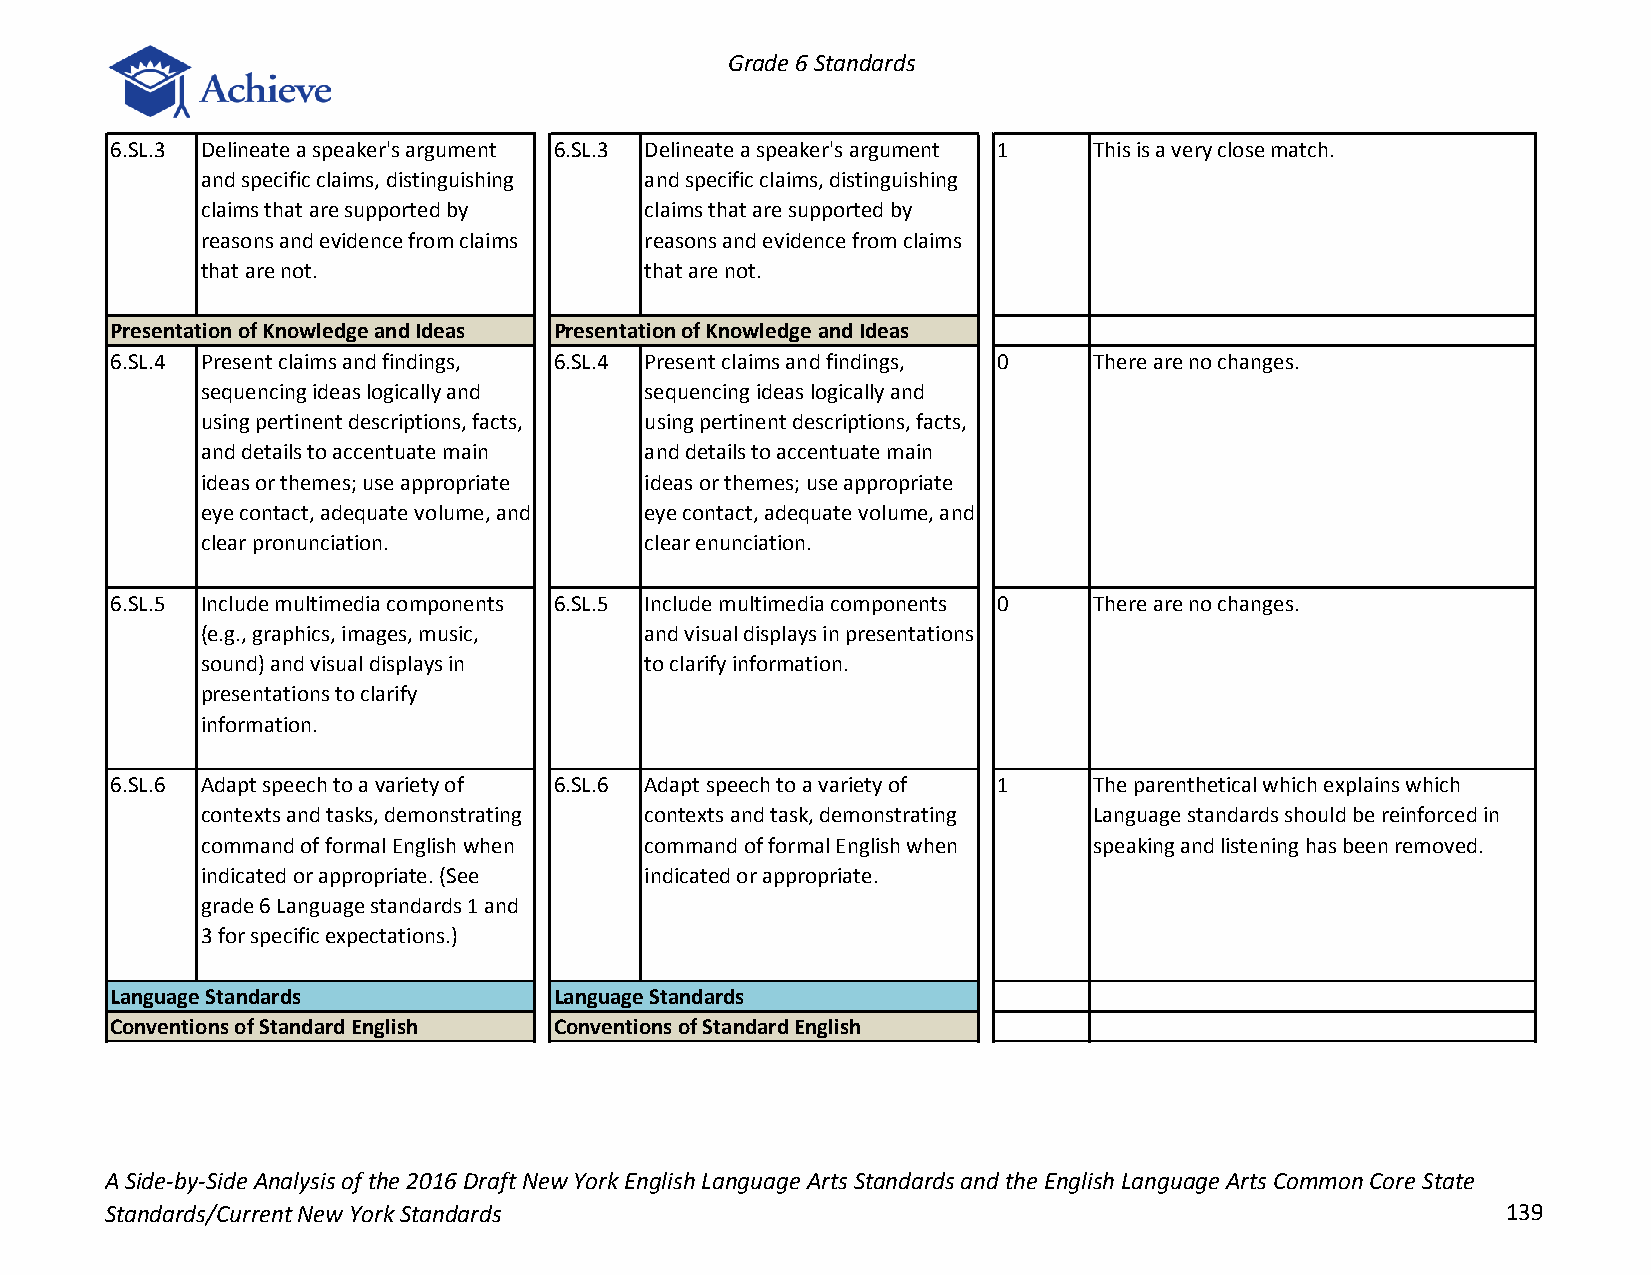
Grade 6 Standards
 6.SL.3 Delineate a speaker's argument 6.SL.3 Delineate a speaker's argument 1 This is a very close match.
 and specific claims, distinguishing and specific claims, distinguishing
 claims that are supported by  claims that are supported by
 reasons and evidence from claims reasons and evidence from claims
 that are not.                 that are not.
 Presentation of Knowledge and Ideas Presentation of Knowledge and Ideas
 6.SL.4 Present claims and findings, 6.SL.4 Present claims and findings, 0 There are no changes.
 sequencing ideas logically and sequencing ideas logically and
 using pertinent descriptions, facts, using pertinent descriptions, facts,
 and details to accentuate main and details to accentuate main
 ideas or themes; use appropriate ideas or themes; use appropriate
 eye contact, adequate volume, and eye contact, adequate volume, and
 clear pronunciation.          clear enunciation.
 6.SL.5 Include multimedia components 6.SL.5 Include multimedia components 0 There are no changes.
 (e.g., graphics, images, music, and visual displays in presentations
 sound) and visual displays in to clarify information.
 presentations to clarify
 information.
 6.SL.6 Adapt speech to a variety of 6.SL.6 Adapt speech to a variety of 1 The parenthetical which explains which
 contexts and tasks, demonstrating contexts and task, demonstrating Language standards should be reinforced in
 command of formal English when command of formal English when speaking and listening has been removed.
 indicated or appropriate. (See indicated or appropriate.
 grade 6 Language standards 1 and
 3 for specific expectations.)
 Language Standards            Language Standards
 Conventions of Standard English Conventions of Standard English
 A Side-by-Side Analysis of the 2016 Draft New York English Language Arts Standards and the English Language Arts Common Core State
 Standards/Current New York Standards                                                         139